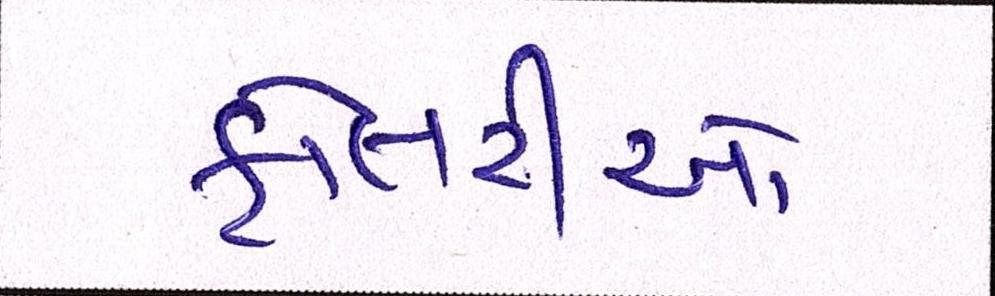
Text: ફોતરીઓ